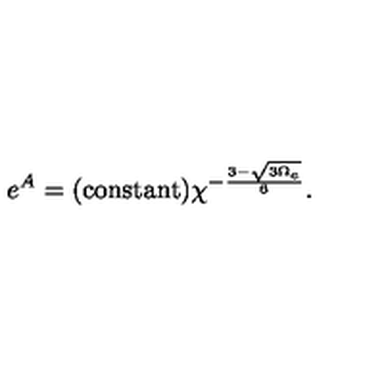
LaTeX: e ^ { A } = ( \mathrm { c o n s t a n t } ) \chi ^ { - \frac { 3 - \sqrt { 3 \Omega _ { e } } } { 6 } } .